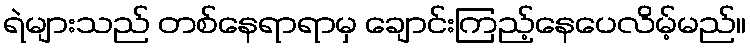
ရဲများသည် တစ်နေရာရာမှ ချောင်းကြည့်နေပေလိမ့်မည်။